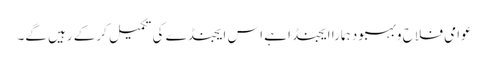
عوامی فلاح وبہبود ہمارا ایجنڈا ہے اس ایجنڈے کی تکمیل کرکے رہیں گے۔